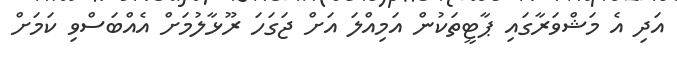
އަދި އެ މަޝްވަރާގައި ޕާޓީތަކުން އަމިއްލަ އަށް ޖަގަހަ ރޫޅާލުމަށް އެއްބަސްވި ކަމަށް